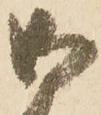
御